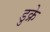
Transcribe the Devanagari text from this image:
डुक्रे